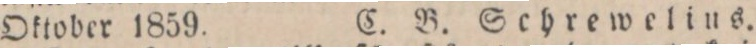
Oktober 1859. C. B. Schrewelius.